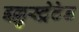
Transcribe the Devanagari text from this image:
इल्लुस्ट्रेटेड